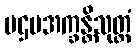
ပဌမအက္ခန္တိသုတ္တံ